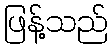
ဖြန့်သည်